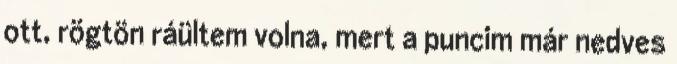
ott, rögtön ráültem volna, mert a puncim már nedves